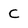
Character: C